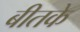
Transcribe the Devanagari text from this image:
बीतके